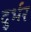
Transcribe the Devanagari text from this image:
दुर्भर